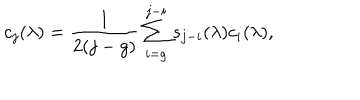
c _ { j } ( \lambda ) = { \frac { 1 } { 2 ( j - g ) } } \sum _ { i = g } ^ { j - i } s _ { j - i } ( \lambda ) c _ { i } ( \lambda ) ,